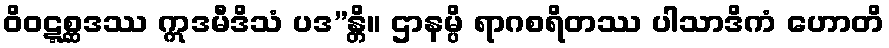
ဝိဝဋ္ဋစ္ဆဒဿ ဣဒမီဒိသံ ပဒ”န္တိ။ ဌာနမ္ပိ ရာဂစရိတဿ ပါသာဒိကံ ဟောတိ